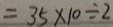
= 3 5 \times 1 0 \div 2